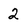
Character: 2